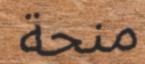
منحة